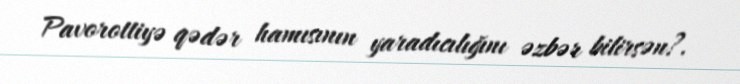
Pavorottiyə qədər hamısının yaradıcılığını əzbər bilirsən?.